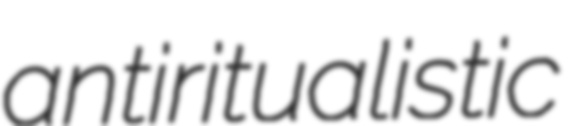
antiritualistic